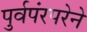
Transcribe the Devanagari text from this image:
पुर्वपंरपरेने